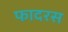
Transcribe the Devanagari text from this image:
फादरस